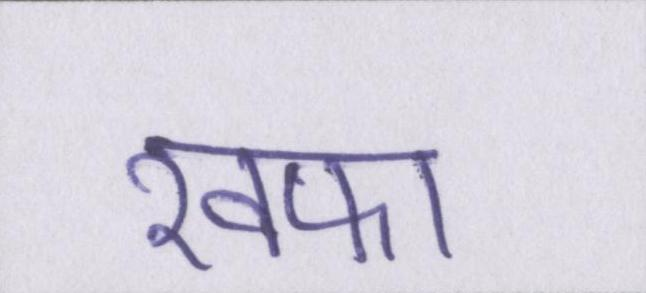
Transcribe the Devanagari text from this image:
खफा